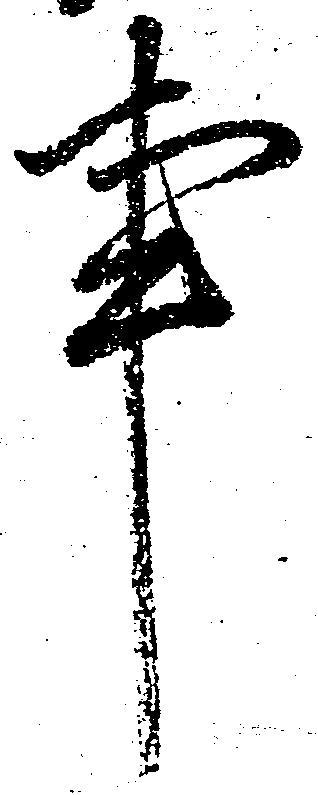
事